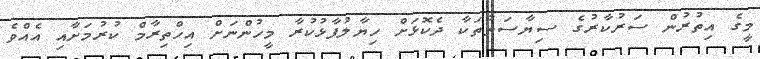
މީގެ އިތުރުން ސަރުކާރުގެ ސިޔާސަތުތަކާ ދެކޮޅަށް ހިޔާލުފާޅުކުރާ މީހުންނަށް އިހްތިރާމް ކުރުމަށާއި އެއްވެ